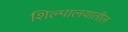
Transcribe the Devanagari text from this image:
शिल्पालयातील